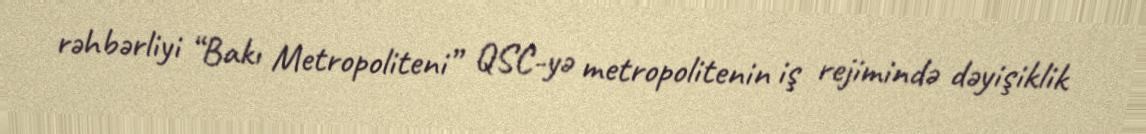
rəhbərliyi “Bakı Metropoliteni” QSC-yə metropolitenin iş rejimində dəyişiklik